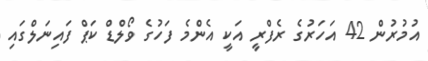
އުމުރުން 42 އަހަރުގެ ރެފްރީ އަކީ އެންމެ ފަހުގެ ވޯލްޑް ކަޕް ފައިނަލްގައި